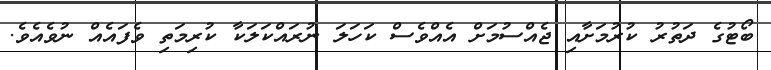
ބޯޓުގެ ދަތުރު ކުރުމަށާއި ޖެއްސުމަށް އެއްވެސް ކަހަލަ ނުރައްކަލަކާ ކުރިމަތި ވެފައެއް ނުވެއެވެ.